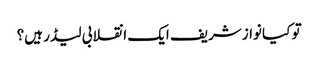
تو کیا نوازشریف ایک انقلابی لیڈر ہیں؟